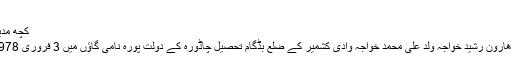
مدير بورڈ
کچھ مدير بورڈ کے بارے میں
ایم ایس بی کے مؤسس ھارون رشید خواجہ ولد علی محمد خواجہ وادی کشمیر کے ضلع بڈگام تحصیل چاڈورہ کے دولت پورہ نامی گاؤں میں 3 فروری 1978 م میں پیدا ہوئے ہیں۔